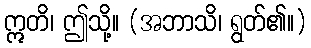
ဣတိ၊ ဤသို့။ (အဘာသိ၊ ရွတ်၏။)